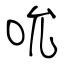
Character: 吮